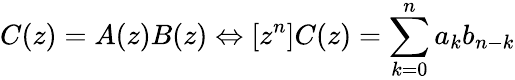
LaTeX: C(z)=A(z)B(z)\Leftrightarrow[z^{n}]C(z)=\sum_{k=0}^{n}{a_{k}b_{n-k}}